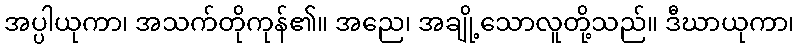
အပ္ပါယုကာ၊ အသက်တိုကုန်၏။ အညေ၊ အချို့သောလူတို့သည်။ ဒီဃာယုကာ၊